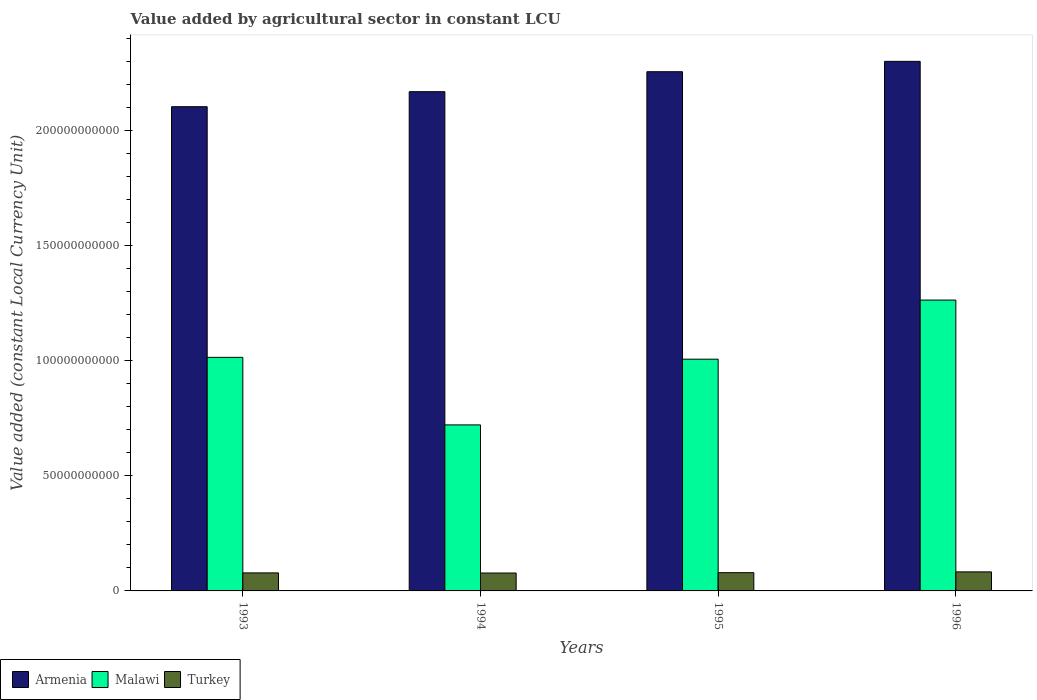
| Years | Armenia | Malawi | Turkey |
 | --- | --- | --- | --- |
 | 1993 | 2.1e+11 | 1.01e+11 | 7.83e+09 |
 | 1994 | 2.17e+11 | 7.21e+10 | 7.77e+09 |
 | 1995 | 2.26e+11 | 1.01e+11 | 7.93e+09 |
 | 1996 | 2.3e+11 | 1.26e+11 | 8.27e+09 |